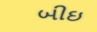
બીઇ